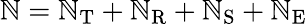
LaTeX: \mathbb{N}=\mathbb{N}_{\mathrm{{T}}}+\mathbb{N}_{\mathrm{{R}}}+\mathbb{N}_{\mathrm{{S}}}+\mathbb{N}_{\mathrm{{E}}}